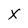
Character: x